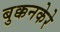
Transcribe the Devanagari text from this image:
बुक्कनकेरे